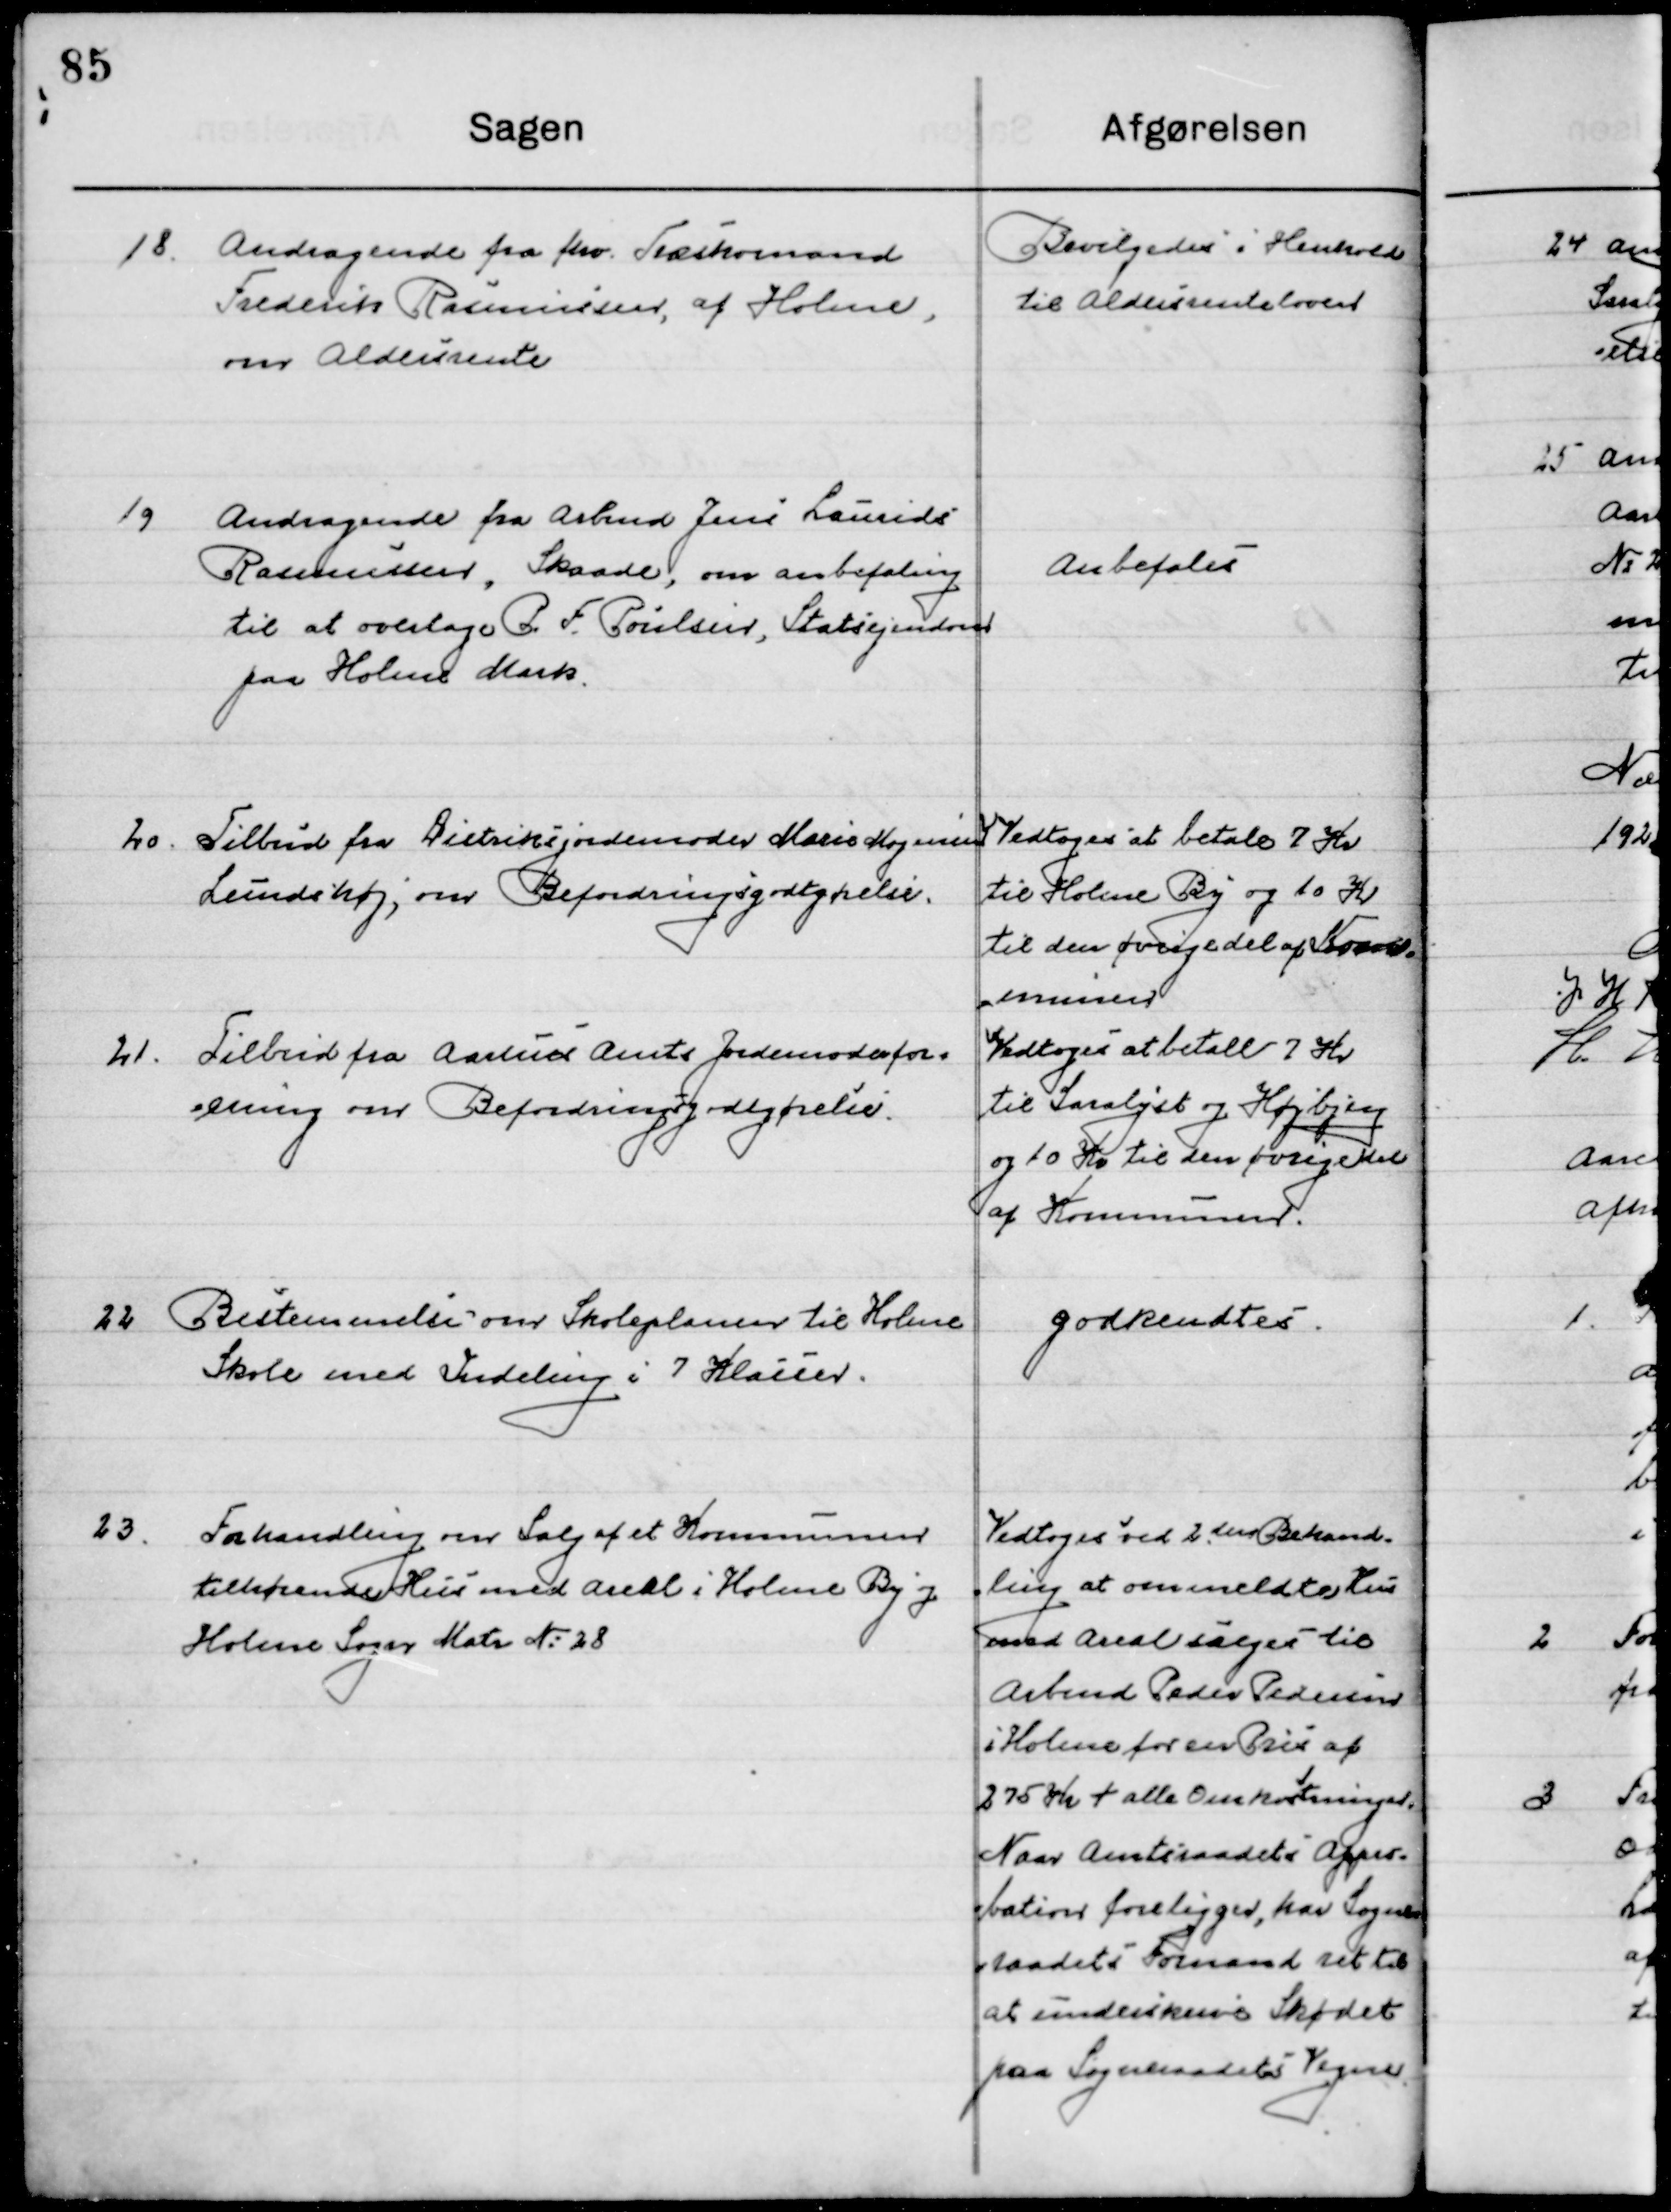
Transskription:
18

Andragende fra fhv. Træskomand
Frederik Rasmussen af Holme,
om Aldersrente

Bevilgedes i Henhold
til Aldersrenteloven

19

Andragende fra Arbmd. Jenns Laurids
Rasmussen, Skaade, om anbefaling 
til at overtage P. F. Poulsen, Statsejendom 	
paa Holme Mark.

Anbefales

20

Tilbud fra Distrikt jordemoder Marie Mogensen
Lundshøj, om Befordringsgodtgørelse

Vedtoges at betale 7 Kr.
Til Holme By og 10 Kr
Til den øvrige del af Kom-
munen

21

Tilbud fra Aarhus Amts Jordemoderfor=
ening om Befordring og Godtgørelse

Vedtoges at betale 7 Kr.
Ttl Saralyst og Højbjerg
og 10 Kr. til den øvrige del 
af Kommunen

22

Bestemmelse over Skoleplaner til Holme
Skole med Inddeling i 7 Klasser

Godkendtes

23

Forhandling m Salg af et Kommunen
tilhørende Hus med Areal i Holme By og
Holme Sogn Matr. No. 28

Vedtoges ved 2den Behand-
ling at ommeldtes Hus
med Areal sælges til 
Arbmd. Peder Pedersen
I Holme for en Pris af
275 Kr. + alle Omkostninger,
Naar Amtsraadets appro-
bation foreligger, har Sogne-
raadets Formand ret til 
at underskrive Skødet 
paa Sogneraadets Vegne.